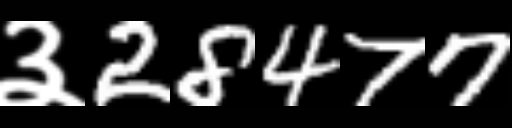
Text: ३28477